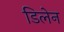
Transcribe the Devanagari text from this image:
डिलेन